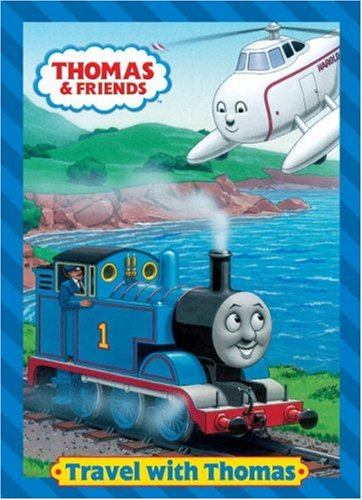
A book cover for Travel with Thomas (Thomas & Friends) (Deluxe Coloring Book); Golden Books; Children's Books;